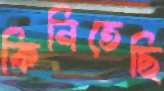
কিনিতেছি